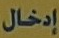
إدخال